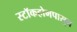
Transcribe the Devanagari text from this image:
स्टॉकहोमपासून